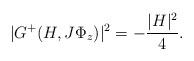
LaTeX: \begin{align*}|G^+(H,J\Phi_z)|^2=-\frac{|H|^2}{4}.\end{align*}